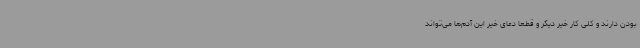
بودن دارند و کلی کار خیر دیگر و قطعا دعای خیر این آدم‌ها می‌تواند